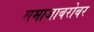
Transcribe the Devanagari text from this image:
समाजाबरोबर